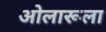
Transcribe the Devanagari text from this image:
ओलारूला